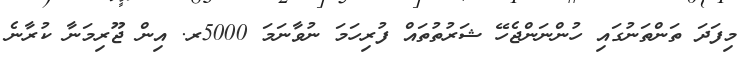
މިފަދަ ތަންތަނުގައި ހުންނަންޖެހޭ ޝަރުތުތައް ފުރިހަމަ ނުވާނަމަ 5000ރ. އިން ޖޫރިމަނާ ކުރާނެ